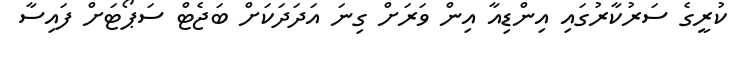
ކުރީގެ ސަރުކާރުގައި އިންޑިއާ އިން ވަރަށް ގިނަ އަދަދަކަށް ބަޖެޓް ސަޕޯޓަށް ފައިސާ